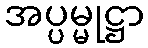
အပ္ပမ္မုဋ္ဌာ